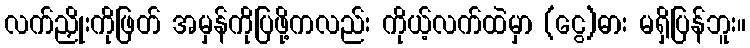
လက်ညှိုးကိုဖြတ် အမှန်ကိုပြဖို့ကလည်း ကိုယ့်လက်ထဲမှာ (ငွေ)ဓား မရှိပြန်ဘူး။